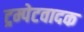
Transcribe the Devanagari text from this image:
ट्रम्पेटवादक